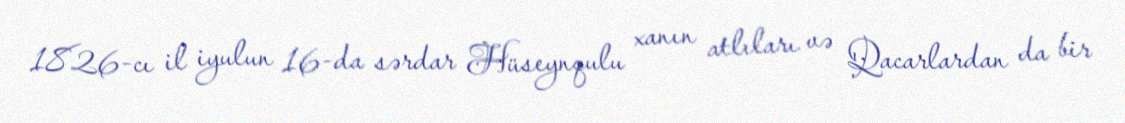
1826-cı il iyulun 16-da sərdar Hüseynqulu xanın atlıları və Qacarlardan da bir